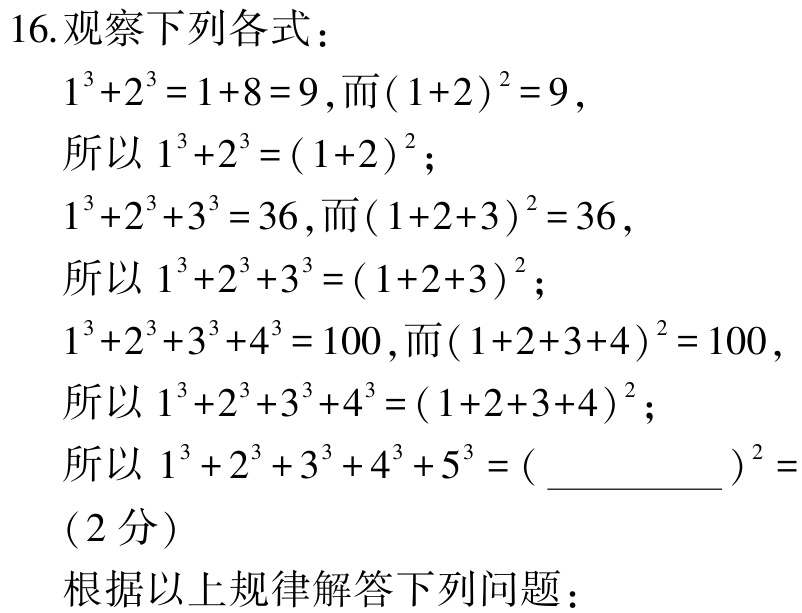
16. 观察下列各式：

   - \(1^{3}+2^{3}=1 + 8 = 9\), 而\((1 + 2)^{2}=9\),

     所以\(1^{3}+2^{3}=(1 + 2)^{2}\);

   - \(1^{3}+2^{3}+3^{3}=36\), 而\((1 + 2+3)^{2}=36\),

     所以\(1^{3}+2^{3}+3^{3}=(1 + 2+3)^{2}\);

   - \(1^{3}+2^{3}+3^{3}+4^{3}=100\), 而\((1 + 2+3+4)^{2}=100\),

     所以\(1^{3}+2^{3}+3^{3}+4^{3}=(1 + 2+3+4)^{2}\);

   - 所以\(1^{3}+2^{3}+3^{3}+4^{3}+5^{3}=(\underline{\quad\quad})^{2}=\) （2分）

根据以上规律解答下列问题：